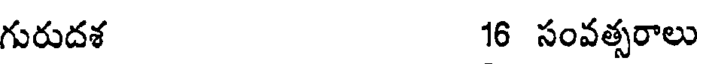
గురుదశ 16 సంవత్సరాలు